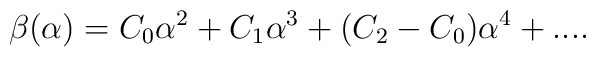
\beta(\alpha) = C_0 \alpha^2 + C_1 \alpha^3 + (C_2 - C_0) \alpha^4 + ....